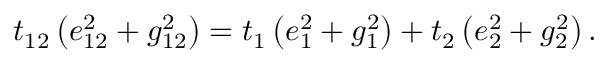
t _ { 1 2 } \left( e _ { 1 2 } ^ { 2 } + g _ { 1 2 } ^ { 2 } \right) = t _ { 1 } \left( e _ { 1 } ^ { 2 } + g _ { 1 } ^ { 2 } \right) + t _ { 2 } \left( e _ { 2 } ^ { 2 } + g _ { 2 } ^ { 2 } \right) .